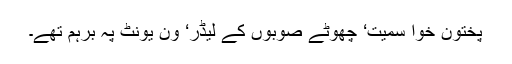
پختون خوا سمیت‘ چھوٹے صوبوں کے لیڈر‘ ون یونٹ پہ برہم تھے۔